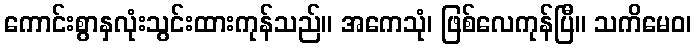
ကောင်းစွာနှလုံးသွင်းထားကုန်သည်။ အကေသုံ၊ ဖြစ်လေကုန်ပြီ။ သကိမေဝ၊